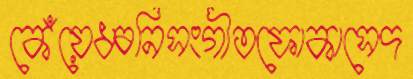
কেঁয়েধ্বনিসংগীতফোকাসেদ